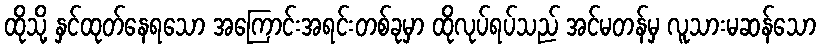
ထိုသို့ နှင်ထုတ်နေရသော အကြောင်းအရင်းတစ်ခုမှာ ထိုလုပ်ရပ်သည် အင်မတန်မှ လူသားမဆန်သော